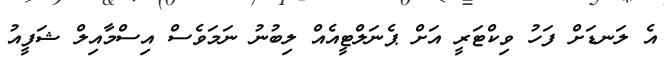
އެ ލަނޑަށް ފަހު ވިކްޓަރީ އަށް ޕެނަލްޓީއެއް ލިބުނު ނަމަވެސް އިސްމާއިލް ޝަފީއު